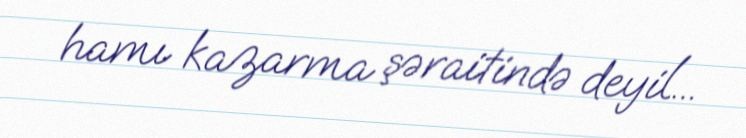
hamı kazarma şəraitində deyil...